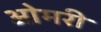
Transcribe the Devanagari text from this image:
ओमरी